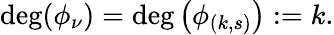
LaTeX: \begin{array}{r}{\deg(\phi_{\nu})=\deg\big(\phi_{(k,s)}\big):=k.}\end{array}